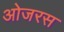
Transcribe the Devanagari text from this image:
ओजरस